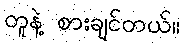
တူနဲ့ စားချင်တယ်။